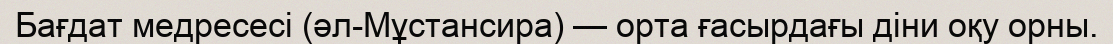
Бағдат медресесі (әл-Мұстансира) — орта ғасырдағы діни оқу орны.